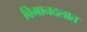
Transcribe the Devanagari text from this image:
विमानदलात